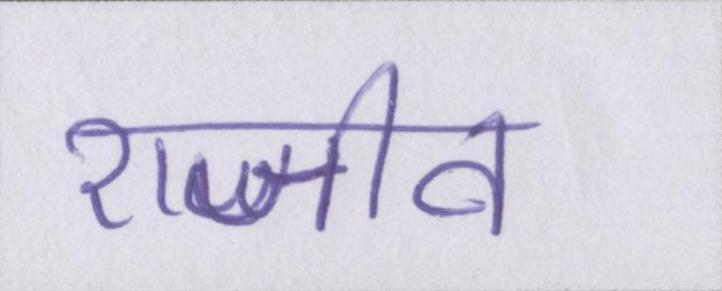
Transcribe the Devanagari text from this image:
राजीव